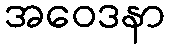
အဝေဒနာ